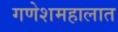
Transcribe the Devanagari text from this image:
गणेशमहालात